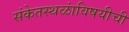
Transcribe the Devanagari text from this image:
संकेतस्थळांविषयीची